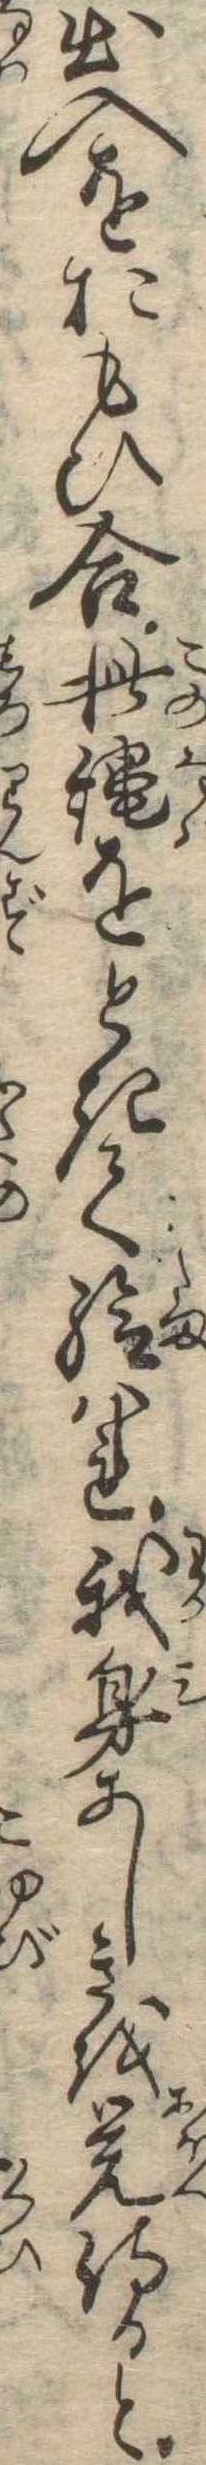
出入をおもひ合此縄をときて給はれ我身あしきを覚侍ると